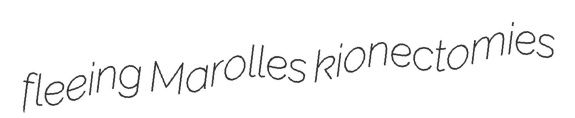
fleeing Marolles kionectomies